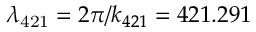
\lambda _ { \mathrm { 4 2 1 } } = 2 \pi / \ensuremath { k _ { 4 2 1 } } = 4 2 1 . 2 9 1